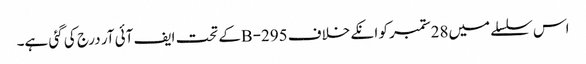
اس سلسلے میں28ستمبر کو انکے خلاف 295-Bکے تحت ایف آئی آر درج کی گئی ہے۔